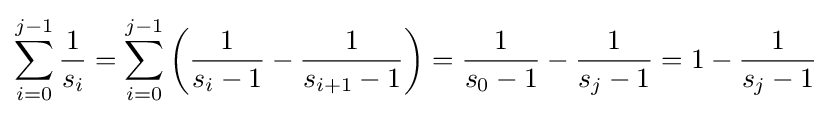
\sum _{i=0}^{j-1}{\frac {1}{s_{i}}}=\sum _{i=0}^{j-1}\left({\frac {1}{s_{i}-1}}-{\frac {1}{s_{i+1}-1}}\right)={\frac {1}{s_{0}-1}}-{\frac {1}{s_{j}-1}}=1-{\frac {1}{s_{j}-1}}